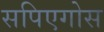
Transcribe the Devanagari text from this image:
सपिएगोस